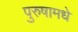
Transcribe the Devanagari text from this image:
पुरुषामधे